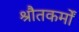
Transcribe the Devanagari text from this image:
श्रौतकर्मों